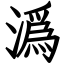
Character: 潙